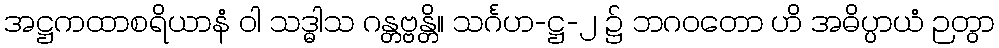
အဋ္ဌကထာစရိယာနံ ဝါ သဒ္ဓါသ ဂန္တဗ္ဗန္တိ။ သင်္ဂဟ-ဋ္ဌ-၂ ၌ ဘဂဝတော ဟိ အဓိပ္ပာယံ ဉတွာ